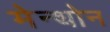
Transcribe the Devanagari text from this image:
मेन्थोन